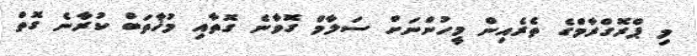
މި ޕްރޮގްރާމްގެ ތެެރެއިން މީހުންނަށް ސަލާމް ގޮވާނެ ގޮތާއި މުޚާތަބް ކުރާނެ ގޮތް